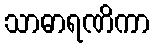
သာဓာရဏိကာ